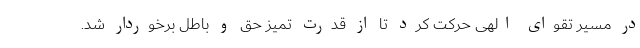
در مسیر تقوای الهی حرکت کرد تا از قدرت تمیز حق و باطل برخوردار شد.